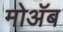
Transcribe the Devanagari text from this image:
मोअॅब